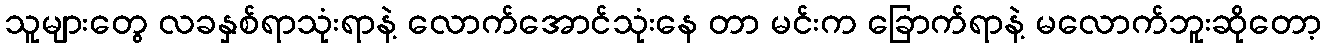
သူများတွေ လခနှစ်ရာသုံးရာနဲ့ လောက်အောင်သုံးနေ တာ မင်းက ခြောက်ရာနဲ့ မလောက်ဘူးဆိုတော့